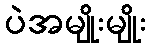
ပဲအမျိုးမျိုး